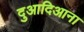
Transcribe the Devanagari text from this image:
दुआदिआना